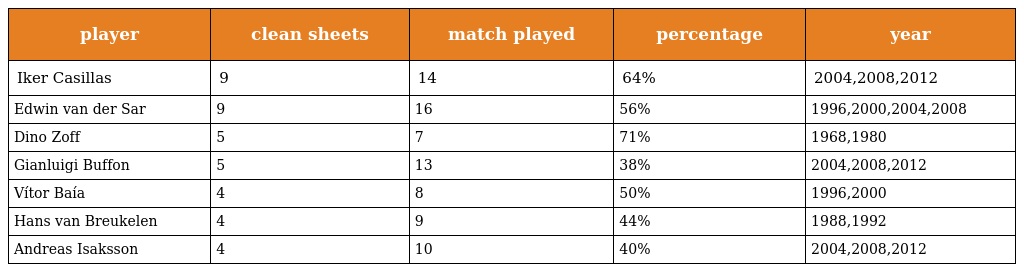
| player | clean sheets | match played | percentage | year |
 | --- | --- | --- | --- | --- |
 | Iker Casillas | 9 | 14 | 64% | 2004,2008,2012 |
 | Edwin van der Sar | 9 | 16 | 56% | 1996,2000,2004,2008 |
 | Dino Zoff | 5 | 7 | 71% | 1968,1980 |
 | Gianluigi Buffon | 5 | 13 | 38% | 2004,2008,2012 |
 | Vítor Baía | 4 | 8 | 50% | 1996,2000 |
 | Hans van Breukelen | 4 | 9 | 44% | 1988,1992 |
 | Andreas Isaksson | 4 | 10 | 40% | 2004,2008,2012 |